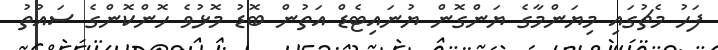
ފަހު މެޗުގައި މިޔަންމާގެ ޔަންގޮން ޔުނައިޓެޑް އަތުން ބޮޑު މޮޅުވެ ހޮންކޮންގެ ސައުތު